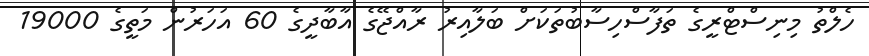
ހެލްތު މިނިސްޓްރީގެ ތަފާސްހިސާބުތަކަށް ބަލާއިރު ރާއްޖޭގެ އާބާދީގެ 60 އަހަރުން މަތީގެ 19000